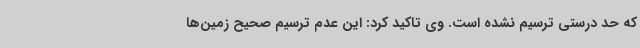
که حد درستی ترسیم نشده است. وی تاکید کرد: این عدم ترسیم صحیح زمین‌ها